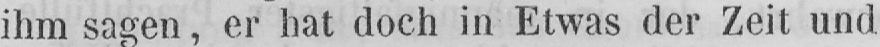
ihm sagen, er hat doch in Etwas der Zeit und